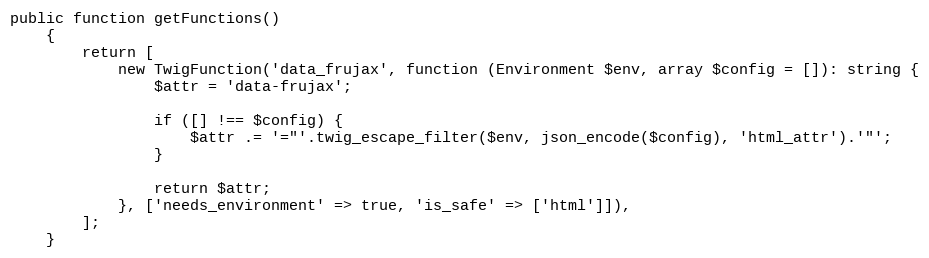
Language: PHP
public function getFunctions()
    {
        return [
            new TwigFunction('data_frujax', function (Environment $env, array $config = []): string {
                $attr = 'data-frujax';

                if ([] !== $config) {
                    $attr .= '="'.twig_escape_filter($env, json_encode($config), 'html_attr').'"';
                }

                return $attr;
            }, ['needs_environment' => true, 'is_safe' => ['html']]),
        ];
    }